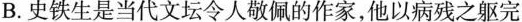
B.史铁生是当代文坛令人敬佩的作家，他以病残之躯完